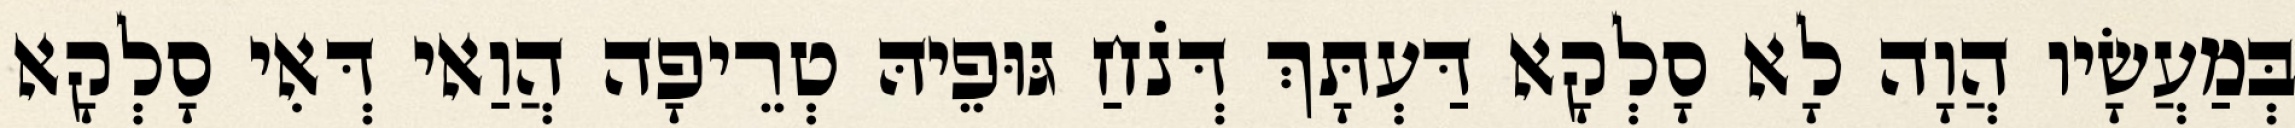
בְּמַעֲשָׂיו הֲוָה לָא סָלְקָא דַּעְתָּךְ דְּנֹחַ גּוּפֵיהּ טְרֵיפָה הֲוַאי דְּאִי סָלְקָא